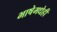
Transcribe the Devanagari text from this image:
भाषेमधेही